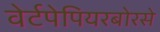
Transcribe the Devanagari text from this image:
वेर्टपेपियरबोरसे